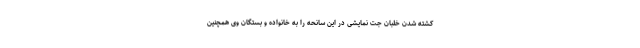
کشته شدن خلبان جت نمایشی در این سانحه را به خانواده و بستگان وی همچنین